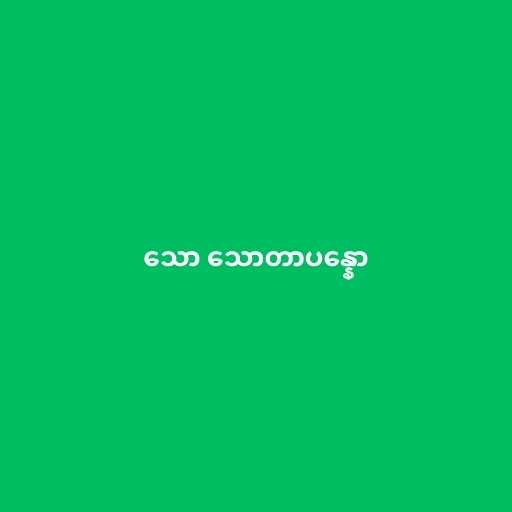
သော သောတာပန္နော